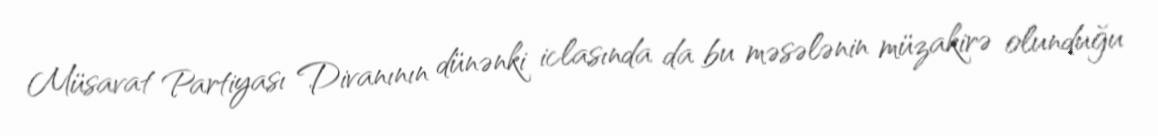
Müsavat Partiyası Divanının dünənki iclasında da bu məsələnin müzakirə olunduğu